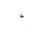
Letter: _thal